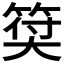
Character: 𥮯